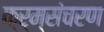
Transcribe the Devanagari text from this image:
क्र्म्संचरण